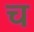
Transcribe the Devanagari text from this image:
च़